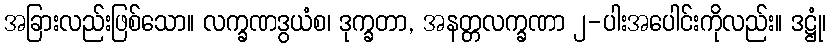
အခြားလည်းဖြစ်သော။ လက္ခဏဒွယံစ၊ ဒုက္ခတာ, အနတ္တလက္ခဏာ ၂-ပါးအပေါင်းကိုလည်း။ ဒဋ္ဌုံ၊